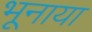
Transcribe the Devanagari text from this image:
भूनाया